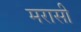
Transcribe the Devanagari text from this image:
मरासी